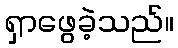
ရှာဖွေခဲ့သည်။